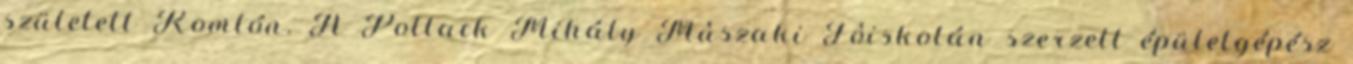
született Komlón. A Pollack Mihály Mûszaki Fôiskolán szerzett épületgépész